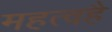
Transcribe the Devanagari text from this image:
महत्वहै